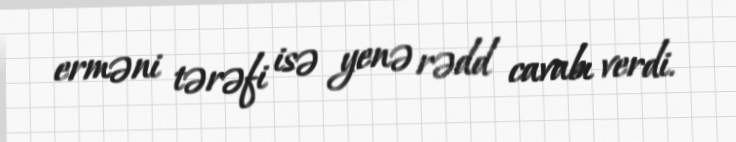
erməni tərəfi isə yenə rədd cavabı verdi.